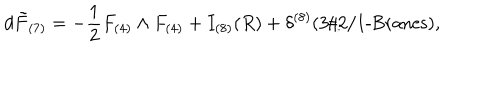
d \tilde { F } _ { ( 7 ) } = - \frac { 1 } { 2 } F _ { ( 4 ) } \wedge F _ { ( 4 ) } + I _ { ( 8 ) } ( R ) + \delta ^ { ( 8 ) } ( 3 / 2 / 1 \mathrm { - B r a n e s } ) ,